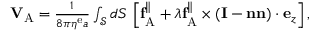
\begin{array} { r } { \mathbf { V } _ { \mathrm { A } } = \frac { 1 } { 8 \pi \eta ^ { \mathrm { e } } a } \int _ { \mathcal { S } } d S \, \left[ \mathbf { f } _ { \mathrm { A } } ^ { \| } + \lambda \mathbf { f } _ { \mathrm { A } } ^ { \| } \times \left( \mathbf { I } - \mathbf { n } \mathbf { n } \right) \cdot \mathbf { e } _ { z } \right] , } \end{array}